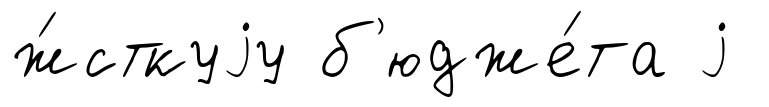
ж́сткуjу б'юдже́та j